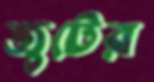
জুটের